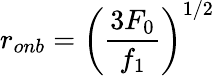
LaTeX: r_{onb}=\left(\frac{3F_{0}}{f_{1}}\right)^{1/2}